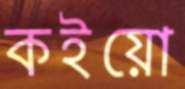
কইয়ো